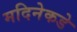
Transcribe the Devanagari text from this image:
मदिनेकडे